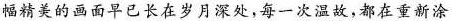
幅精美的画面早已长在岁月深处，每一次温故，都在重新涂